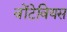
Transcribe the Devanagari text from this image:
वोंटेवियस